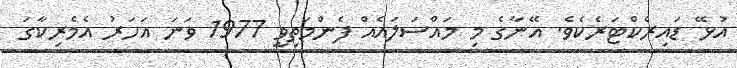
އުޅޭ ޑައިރެކްޓަރެކެވެ. އޭނާގެ މި މައްސަލައެއް ފެންމަތިވީ 1977 ވަނަ އަހަރު އެމެރިކާގަ